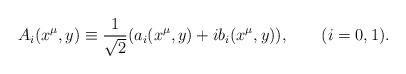
\begin{align*}A_{i}(x^{\mu},y) \equiv\frac{1}{\sqrt{2}}(a_{i}(x^{\mu},y) + i b_{i}(x^{\mu},y)),\qquad (i=0,1).\end{align*}